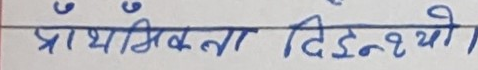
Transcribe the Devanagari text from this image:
प्राथमिकता दिइन्थ्यो।